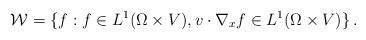
LaTeX: \begin{align*}\mathcal{W} = \{f: f\in L^1(\Omega \times V), v\cdot\nabla_x f \in L^1(\Omega \times V) \}\,.\end{align*}